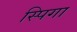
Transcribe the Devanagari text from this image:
स्पिगा